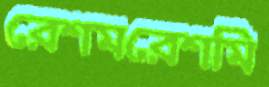
রেশমরেশমি